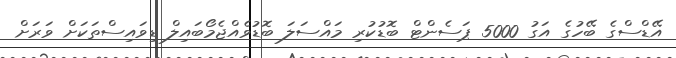
އޭޑްސްގެ ބޭހުގެ އަގު 5000 ޕަސެންޓް ބޮޑުކުރި މައްސަލަ ބޮޑުވެއްޖެމޯބައިލް ޑިވައިސްތަކަށް ވަރަށް